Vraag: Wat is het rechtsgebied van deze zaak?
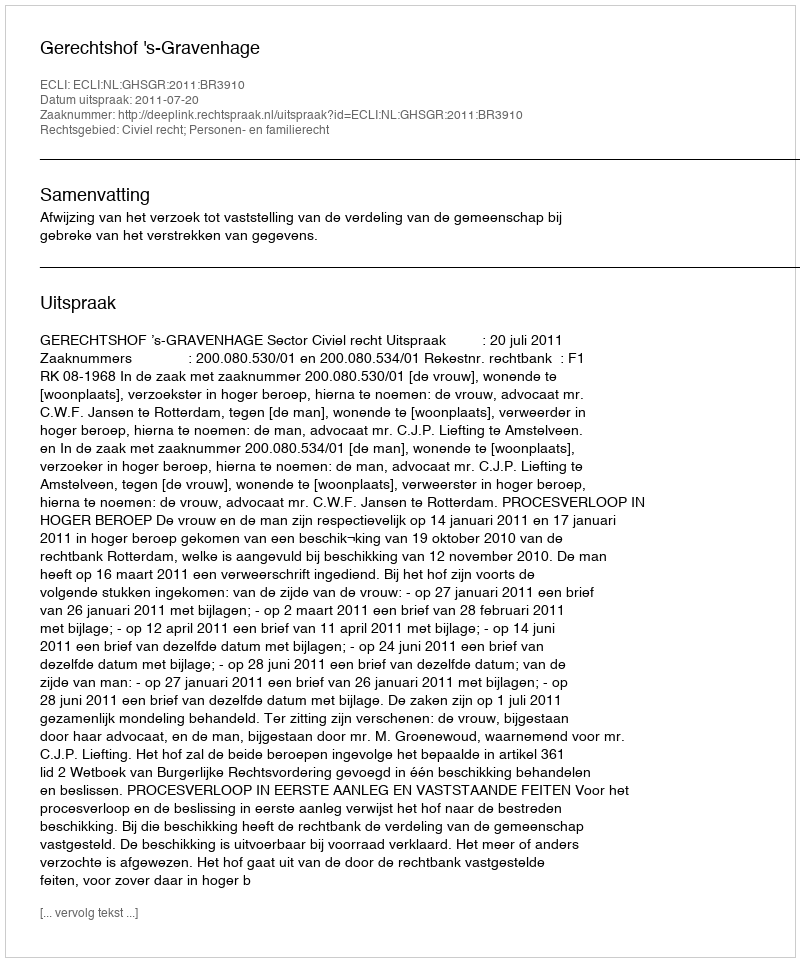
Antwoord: Civiel recht; Personen- en familierecht